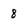
Character: 8